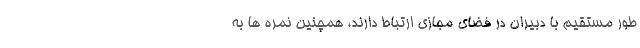
طور مستقیم با دبیران در فضای مجازی ارتباط دارند، همچنین نمره ها به